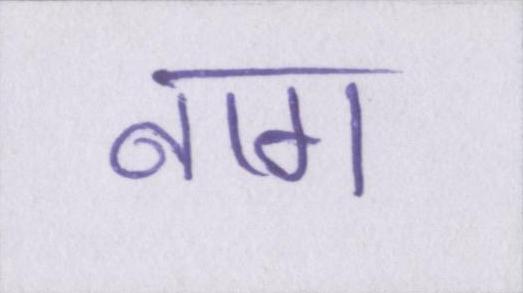
नाग